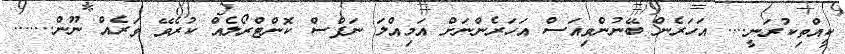
ކީއްތިކުރަނީ.... އަހަރެން ބޭނުންވިއަސް އަހަރެންނަށް އަމިއްލަ ނަފްސް ކޮންޓްރޯލެއް ކުރެވޭ ވަރެއް ނޫން.......